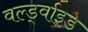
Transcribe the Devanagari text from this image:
वर्ल्ड्वाइड